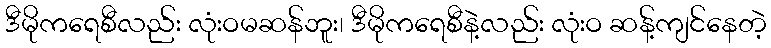
ဒီမိုကရေစီလည်း လုံးဝမဆန်ဘူး၊ ဒီမိုကရေစီနဲ့လည်း လုံးဝ ဆန့်ကျင်နေတဲ့